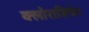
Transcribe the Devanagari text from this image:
क्लोराजिपेट